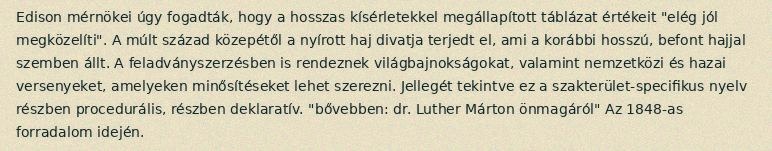
Edison mérnökei úgy fogadták, hogy a hosszas kísérletekkel megállapított táblázat értékeit "elég jól megközelíti". A múlt század közepétől a nyírott haj divatja terjedt el, ami a korábbi hosszú, befont hajjal szemben állt. A feladványszerzésben is rendeznek világbajnokságokat, valamint nemzetközi és hazai versenyeket, amelyeken minősítéseket lehet szerezni. Jellegét tekintve ez a szakterület-specifikus nyelv részben procedurális, részben deklaratív. "bővebben: dr. Luther Márton önmagáról" Az 1848-as forradalom idején.